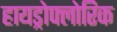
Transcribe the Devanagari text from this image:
हायड्रोफ्लोरिक